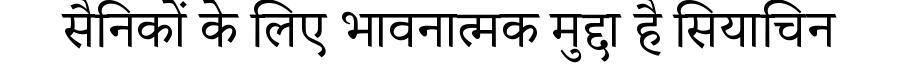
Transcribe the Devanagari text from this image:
सैनिकों के लिए भावनात्मक मुद्दा है सियाचिन